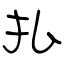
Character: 払